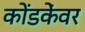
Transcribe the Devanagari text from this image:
कोंडकेंवर